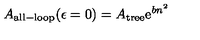
A _ { \mathrm { a l l - l o o p } } ( \epsilon = 0 ) = A _ { \mathrm { t r e e } } \mathrm { e } ^ { b n ^ { 2 } }